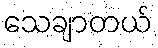
သေချာတယ်